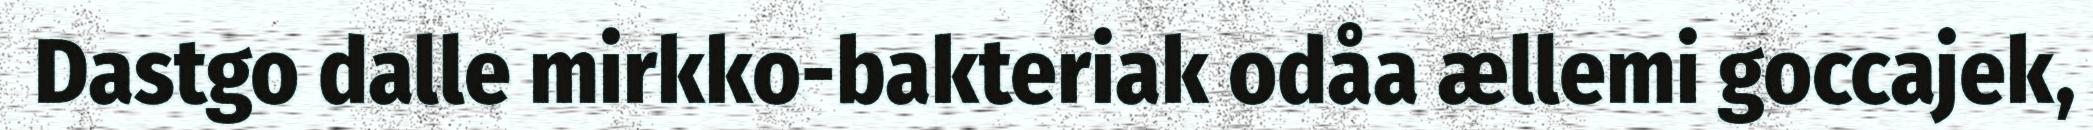
Dastgo dalle mirkko-bakteriak odåa ællemi goccajek,